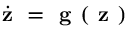
\dot { \textbf { z } } = \textbf { g } ( \textbf { z } )